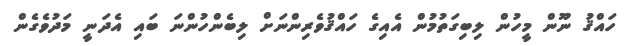
ހައްޤު ނޫން މީހުން ލިބިގަތުމުން އެއިގެ ހައްޤުވެރިންނަށް ލިބެންހުންނަ ބައި އެދަނީ މަދުވެގެން